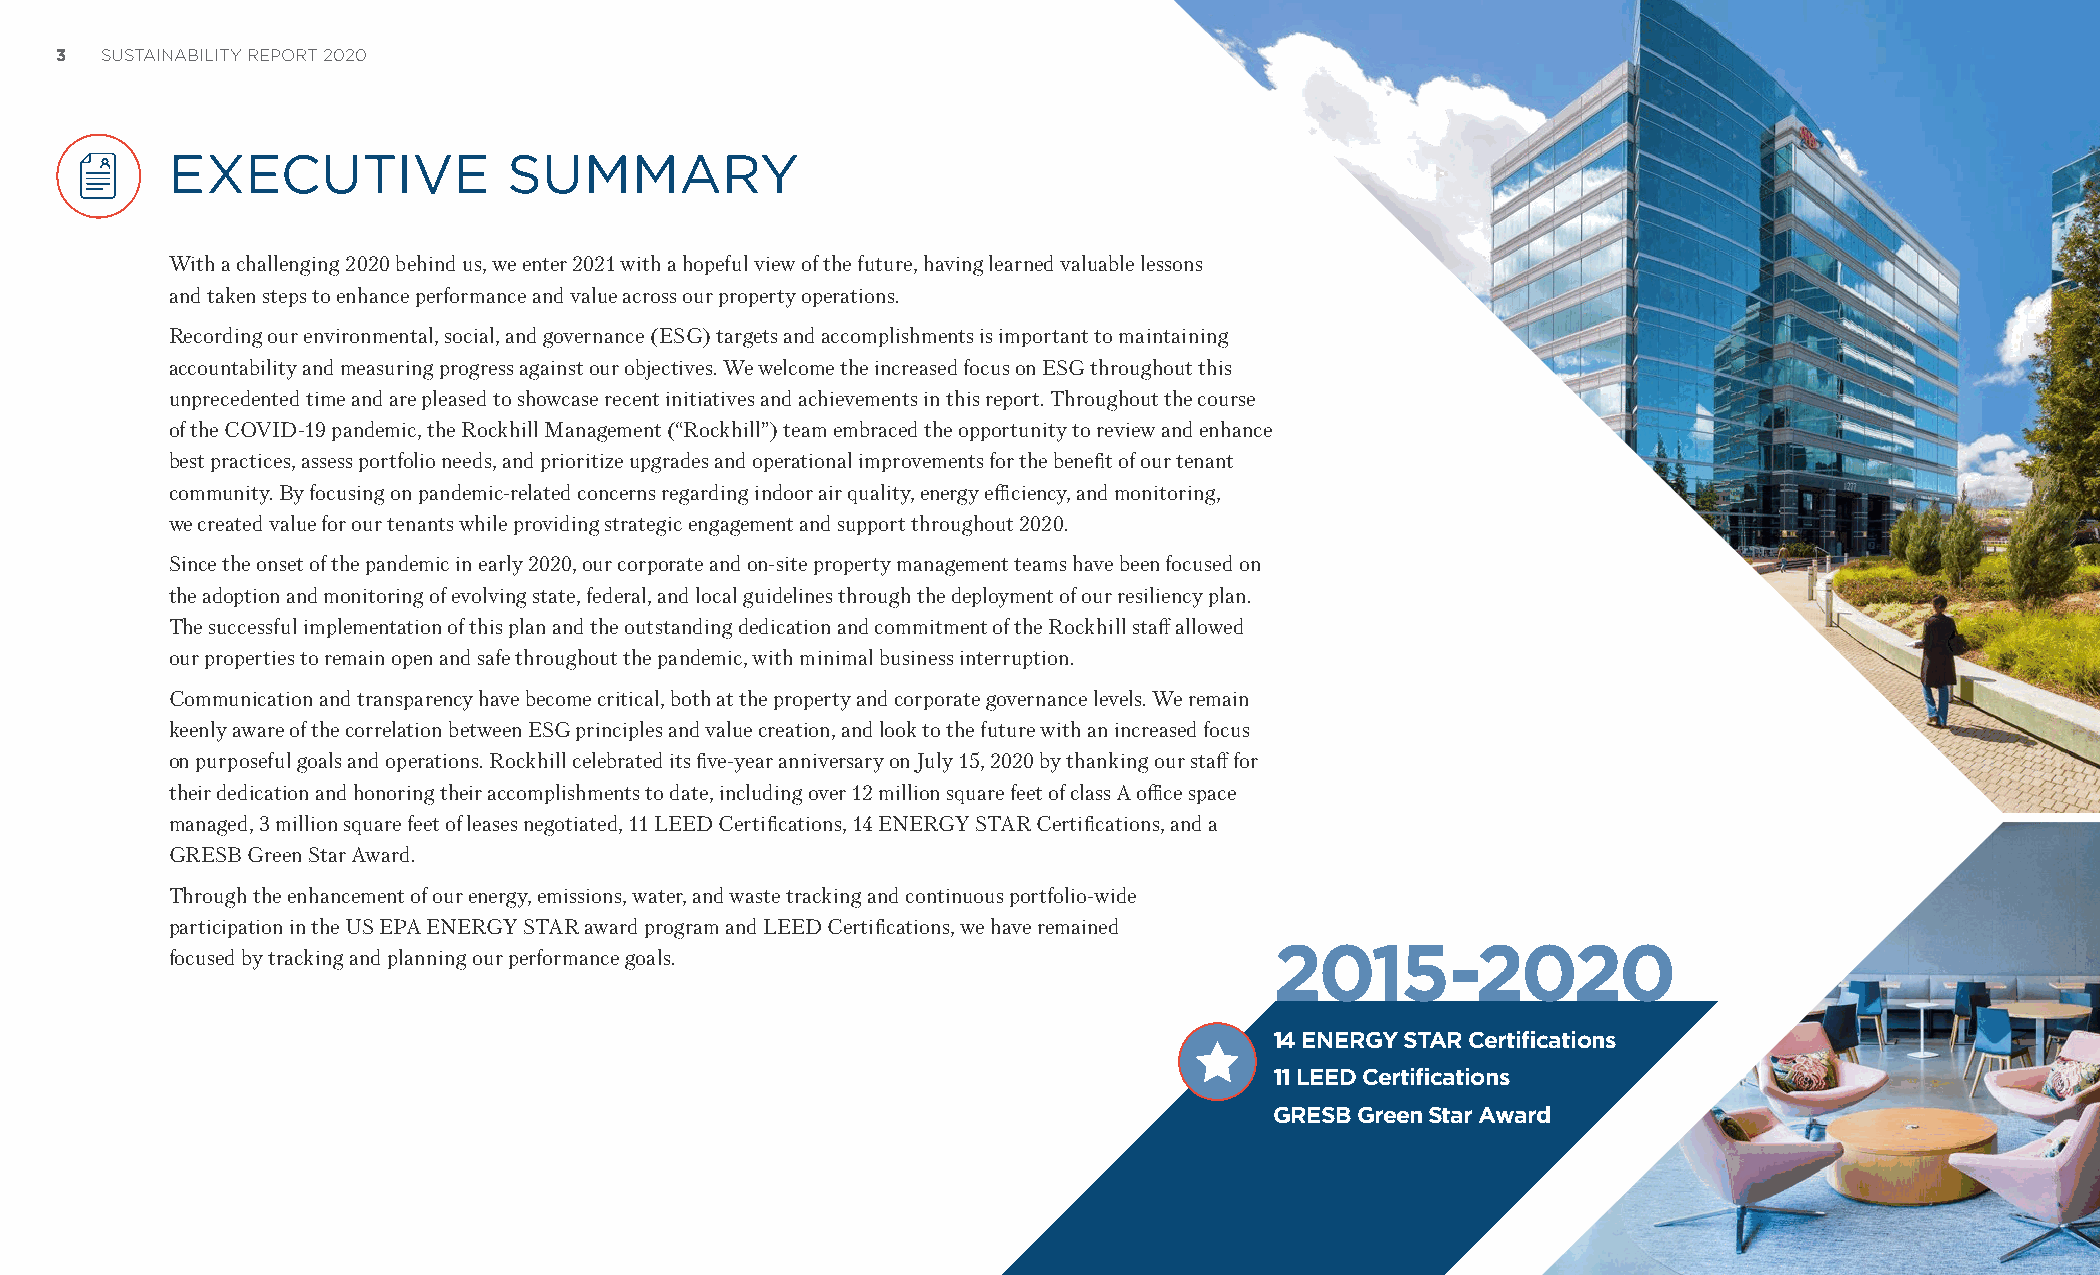
3  SUSTAINABILITY REPORT 2020
 EXECUTIVE              SUMMARY
 With a challenging 2020 behind us, we enter 2021 with a hopeful view of the future, having learned valuable lessons
 and taken steps to enhance performance and value across our property operations.
 Recording our environmental, social, and governance (ESG) targets and accomplishments is important to maintaining
 accountability and measuring progress against our objectives. We welcome the increased focus on ESG throughout this
 unprecedented time and are pleased to showcase recent initiatives and achievements in this report. Throughout the course
 of the COVID-19 pandemic, the Rockhill Management (“Rockhill”) team embraced the opportunity to review and enhance
 best practices, assess portfolio needs, and prioritize upgrades and operational improvements for the benefit of our tenant
 community. By focusing on pandemic-related concerns regarding indoor air quality, energy efficiency, and monitoring,
 we created value for our tenants while providing strategic engagement and support throughout 2020.
 Since the onset of the pandemic in early 2020, our corporate and on-site property management teams have been focused on
 the adoption and monitoring of evolving state, federal, and local guidelines through the deployment of our resiliency plan.
 The successful implementation of this plan and the outstanding dedication and commitment of the Rockhill staff allowed
 our properties to remain open and safe throughout the pandemic, with minimal business interruption.
 Communication and transparency have become critical, both at the property and corporate governance levels. We remain
 keenly aware of the correlation between ESG principles and value creation, and look to the future with an increased focus
 on purposeful goals and operations. Rockhill celebrated its five-year anniversary on July 15, 2020 by thanking our staff for
 their dedication and honoring their accomplishments to date, including over 12 million square feet of class A office space
 managed, 3 million square feet of leases negotiated, 11 LEED Certifications, 14 ENERGY STAR Certifications, and a
 GRESB Green Star Award.
 Through the enhancement of our energy, emissions, water, and waste tracking and continuous portfolio-wide
 participation in the US EPA ENERGY STAR award program and LEED Certifications, we have remained
 focused by tracking and planning our performance goals.                  2015-2020
 14 ENERGY STAR Certifications
 11 LEED Certifications
 GRESB Green Star Award